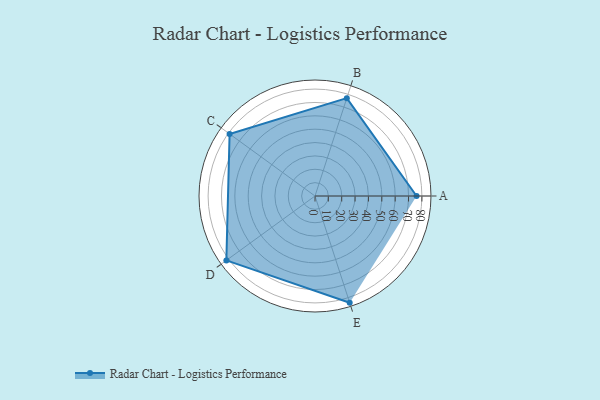
{"axis": {"x": "Skill", "y": "Score"}, "legend": ["Profile"], "data": [{"x": "A", "y": 76.0, "type": "Profile"}, {"x": "B", "y": 77.0, "type": "Profile"}, {"x": "C", "y": 79.0, "type": "Profile"}, {"x": "D", "y": 82.0, "type": "Profile"}, {"x": "E", "y": 84.0, "type": "Profile"}]}